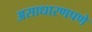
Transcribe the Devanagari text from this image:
असाधारणपणे